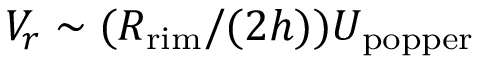
V _ { r } \sim ( R _ { \mathrm { r i m } } / ( 2 h ) ) U _ { \mathrm { p o p p e r } }